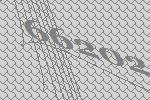
66202